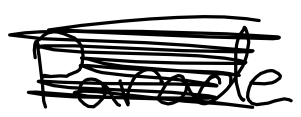
Text: Day
Cross-out: scratch
Writing tool: digital_black